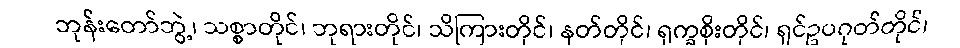
ဘုန်းတော်ဘွဲ့၊ သစ္စာတိုင်၊ ဘုရားတိုင်၊ သိကြားတိုင်၊ နတ်တိုင်၊ ရုက္ခစိုးတိုင်၊ ရှင်ဥပဂုတ်တိုင်၊